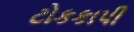
ટોકકાપી